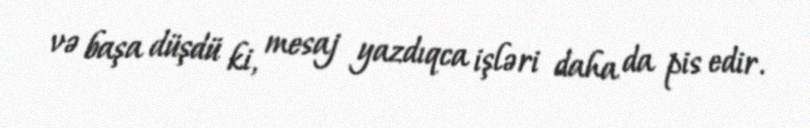
və başa düşdü ki, mesaj yazdıqca işləri daha da pis edir.